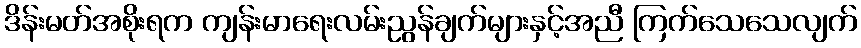
ဒိန်းမတ်အစိုးရက ကျန်းမာရေးလမ်းညွန်ချက်များနှင့်အညီ ကြက်သေသေလျက်